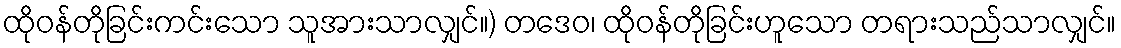
ထိုဝန်တိုခြင်းကင်းသော သူအားသာလျှင်။) တဒေဝ၊ ထိုဝန်တိုခြင်းဟူသော တရားသည်သာလျှင်။